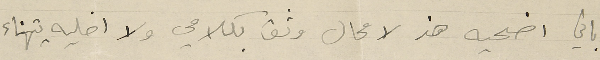
باني اضحيه هذ لا محال وثق بكلامي ولا اخليه يتهناء